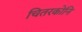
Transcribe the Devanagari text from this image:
चितरकोनि